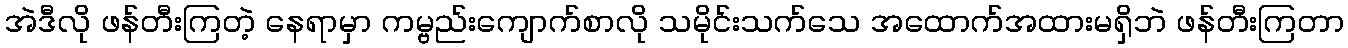
အဲဒီလို ဖန်တီးကြတဲ့ နေရာမှာ ကမ္ဗည်းကျောက်စာလို သမိုင်းသက်သေ အထောက်အထားမရှိဘဲ ဖန်တီးကြတာ